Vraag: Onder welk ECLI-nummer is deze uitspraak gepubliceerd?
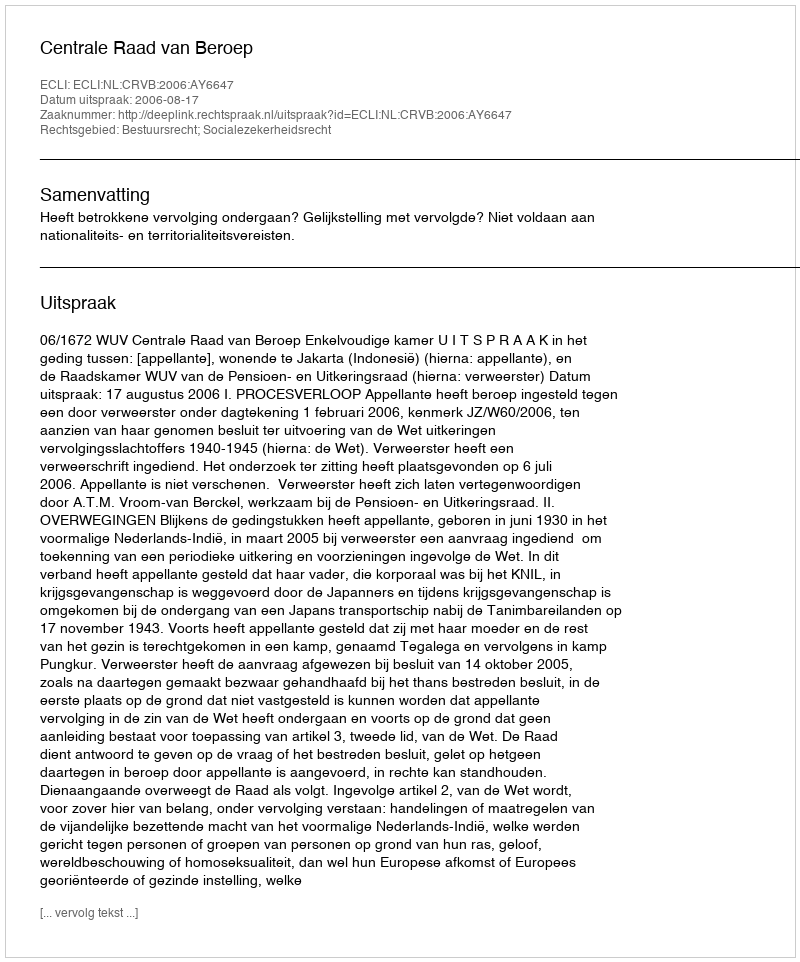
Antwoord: ECLI:NL:CRVB:2006:AY6647